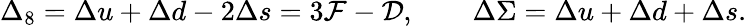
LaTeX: \Delta_{8}=\Delta u+\Delta d-2\Delta s=3{\cal F}-{\cal D},\qquad\Delta\Sigma=\Delta u+\Delta d+\Delta s.